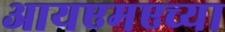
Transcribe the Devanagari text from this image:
आयएमएच्या